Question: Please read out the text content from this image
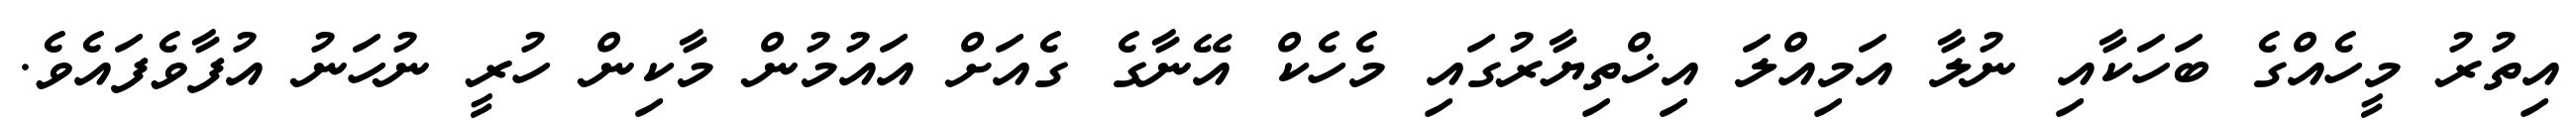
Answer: އިތުރު މީހެއްގެ ބަހަކާއި ނުލާ އަމިއްލަ އިޚްތިޔާރުގައި މެހެކް އޭނާގެ ގެއަށް އައުމުން މާކިން ހުރީ ނުހަނު އުފާވެފައެވެ.